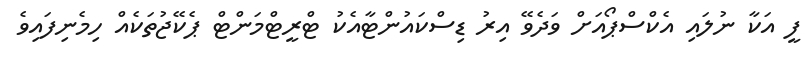
ފީ އަކާ ނުލައި އެކްސްޕޯއަށް ވަދެވޭ އިރު ޑިސްކައުންޓާއެކު ޓްރީޓްމަންޓް ޕެކޭޖުތަކެއް ހިމެނިފައިވެ